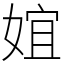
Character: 𡝮